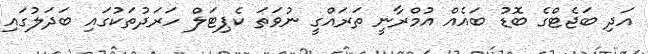
އަދި ބަޖެޓްގެ ބޮޑު ބައެއް އުމްރާނީ ތަރައްގީ ނުވަތަ ކެޕިޓަލް ހަރަދުތަކުގައި ބަދަލުގައި